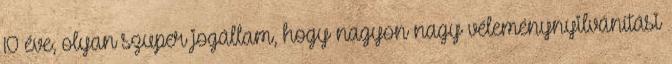
10 éve, olyan szuper jogállam, hogy nagyon nagy véleménynyilvánítási